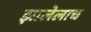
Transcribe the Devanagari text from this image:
झालेलाच